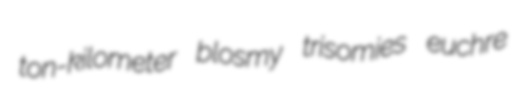
ton-kilometer blosmy trisomies euchre